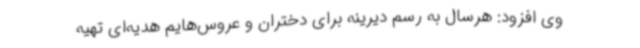
وی افزود: هرسال به رسم دیرینه برای دختران و عروس‌هایم هدیه‌ای تهیه